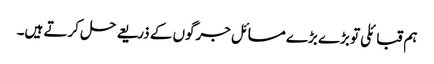
ہم قبائلی تو بڑے بڑے مسائل جرگوں کے ذریعے حل کرتے ہیں۔